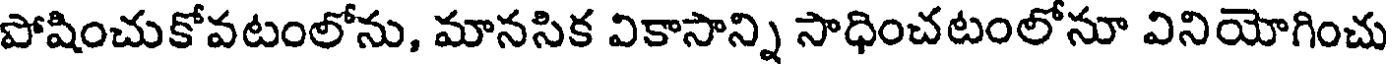
పోషించుకోవటంలోను, మానసిక వికాసాన్ని సాధించటంలోనూ వినియోగించు